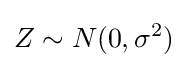
Z\sim N(0,\sigma ^{2})